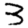
Digit: 3